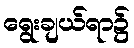
ရွေးချယ်ရာ၌